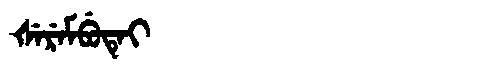
Manchu: ᡧᡝᡵᡝᠮᠪᡠᡨᡝᡳ
Romanization: ŠEREMBUTEI